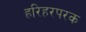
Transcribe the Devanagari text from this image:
हरिहरपरक